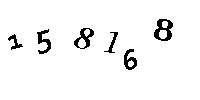
158168